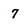
Character: 7